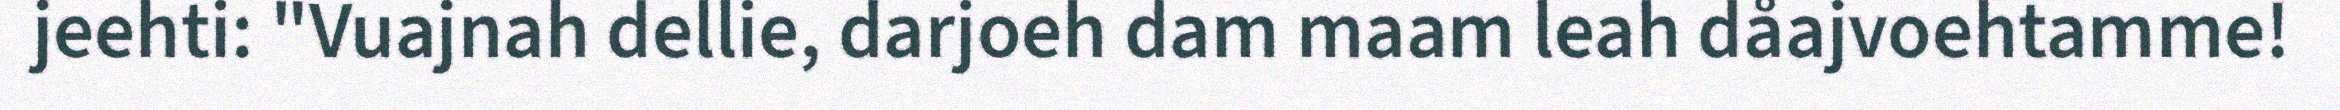
jeehti: "Vuajnah dellie, darjoeh dam maam leah dåajvoehtamme!